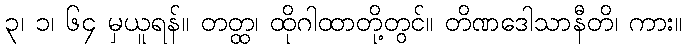
၃၊ ၁၊ ၆၄ မှယူရန်။ တတ္ထ၊ ထိုဂါထာတို့တွင်။ တိဏဒေါသာနီတိ၊ ကား။